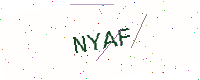
Text: NYAF